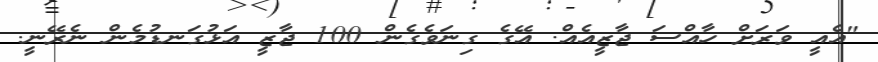
"އެއީ ވަރަށް ހާއްސަ ޖާޒީއެއް. އޭގެ ގިނަވެގެން 100 ޖާޒީ އަޅުގަނޑުމެން ނެރޭނީ.